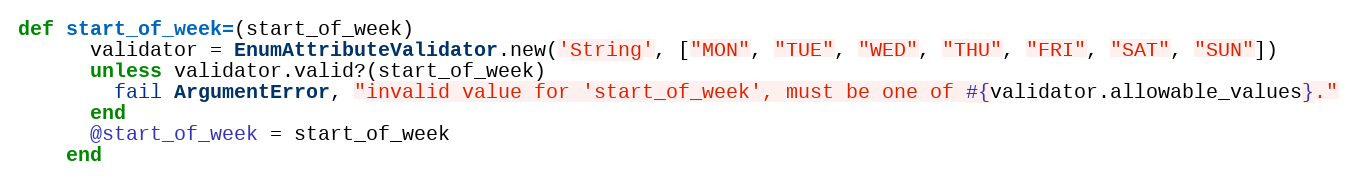
Language: Ruby
def start_of_week=(start_of_week)
      validator = EnumAttributeValidator.new('String', ["MON", "TUE", "WED", "THU", "FRI", "SAT", "SUN"])
      unless validator.valid?(start_of_week)
        fail ArgumentError, "invalid value for 'start_of_week', must be one of #{validator.allowable_values}."
      end
      @start_of_week = start_of_week
    end